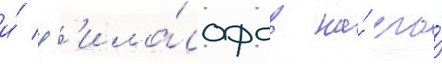
и́ ф'ило́софов на́ его́